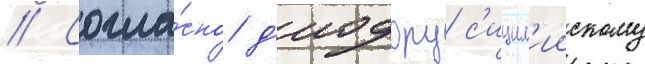
// Согла́сно д'иодору с'ицил'иискому